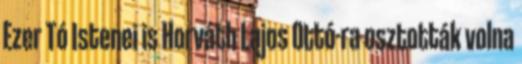
Ezer Tó Istenei is Horváth Lajos Ottó-ra osztották volna